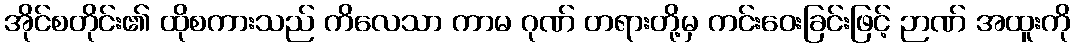
အိုင်စတိုင်း၏ ထိုစကားသည် ကိလေသာ ကာမ ဂုဏ် တရားတို့မှ ကင်းဝေးခြင်းဖြင့် ဉာဏ် အထူးကို